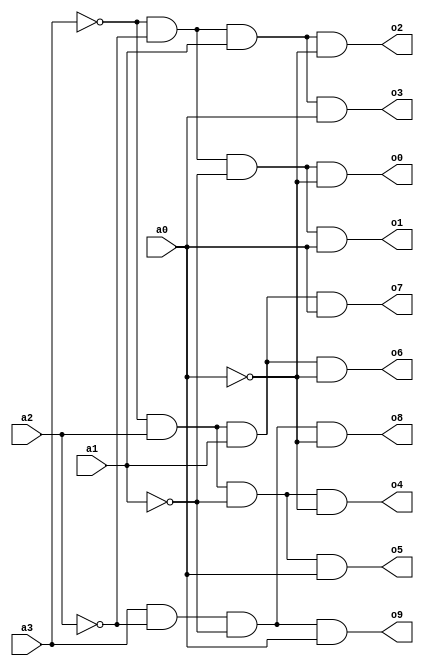
`timescale 1ns / 1ps
//////////////////////////////////////////////////////////////////////////////////
// Company: 
// Engineer: 
// 
// Design Name: 
// Module Name: bcd
// Project Name: 
// Target Devices: 
// Tool Versions: 
// Description: 
// 
// Dependencies: 
// 
// Revision:
// Revision 0.01 - File Created
// Additional Comments:
// 
//////////////////////////////////////////////////////////////////////////////////


module bcd(
input a3,a2,a1,a0,
output o0,o1,o2,o3,o4,o5,o6,o7,o8,o9

    );
    assign o0 = ~a3& ~a2 & ~a1 & ~a0;
    assign o1 = ~a3 & ~a2 & ~a1 & a0;
    assign o2 = ~a3 & ~a2 & a1 & ~a0;
    assign o3 = ~a3&~a2&a1 & a0;
    assign o4 = ~a3&a2&~a1&~a0;
    assign o5 = ~a3&a2&~a1&a0;
    assign o6 = ~a3&a2&a1&~a0;
    assign o7 = ~a3&a2&a1&a0;
    assign o8 = a3&~a2&~a1&~a0;
    assign o9 = a3&~a2&~a1&a0; 
endmodule